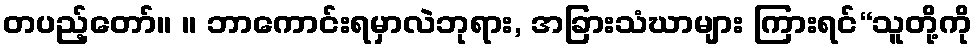
တပည့်တော်။ ။ ဘာကောင်းရမှာလဲဘုရား, အခြားသံဃာများ ကြားရင်“သူတို့ကို